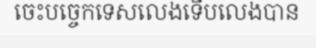
ចេះបច្ចេកទេសលេងទើបលេងបាន